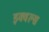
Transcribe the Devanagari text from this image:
इक्वल्स